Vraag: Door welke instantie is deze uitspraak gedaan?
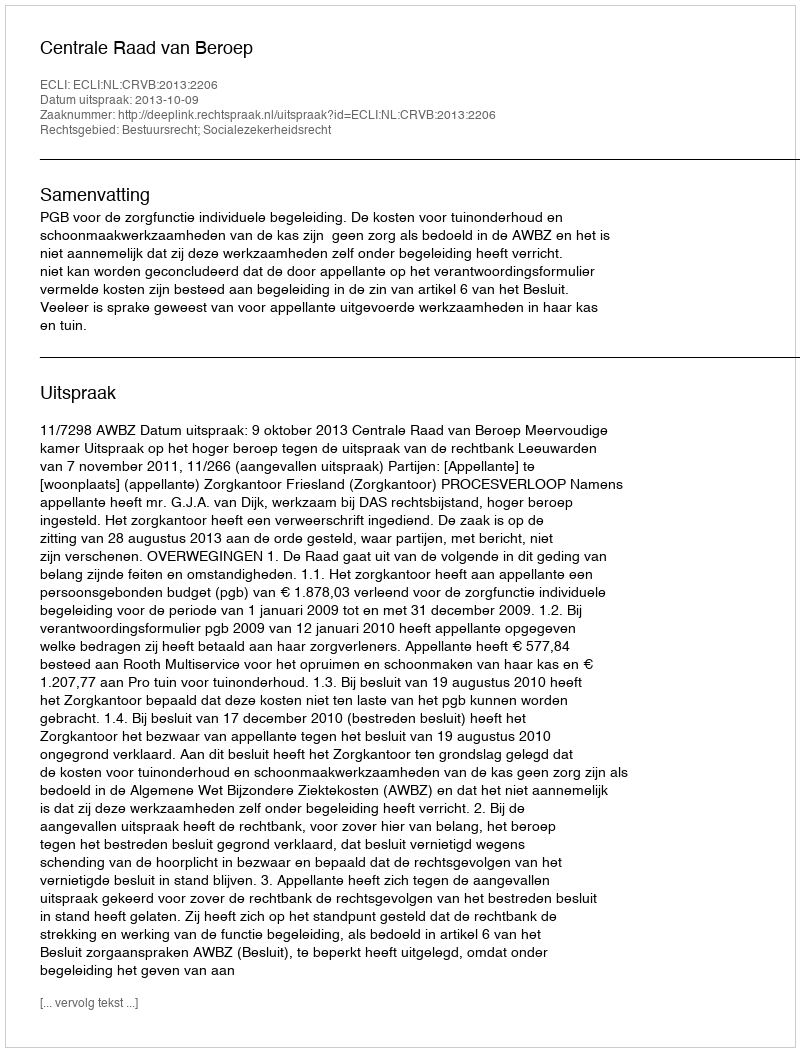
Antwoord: Centrale Raad van Beroep